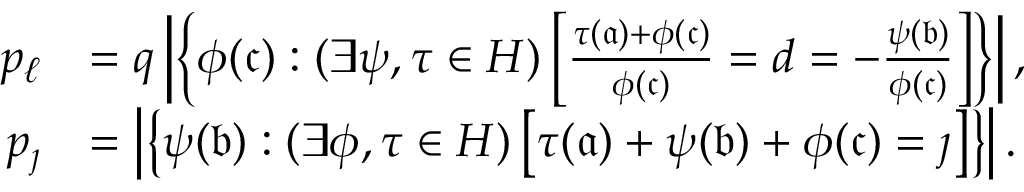
\begin{array} { r l } { p _ { \ell } } & { = q \left| \left\{ \phi ( \mathfrak { c } ) : ( \exists \psi , \tau \in H ) \left[ \frac { \tau ( \mathfrak { a } ) + \phi ( \mathfrak { c } ) } { \phi { ( \mathfrak { c } ) } } = d = - \frac { \psi ( \mathfrak { b } ) } { \phi ( \mathfrak { c } ) } \right] \right\} \right| , } \\ { p _ { \jmath } } & { = \left| \left\{ \psi ( \mathfrak { b } ) : ( \exists \phi , \tau \in H ) \left[ \tau ( \mathfrak { a } ) + \psi ( \mathfrak { b } ) + \phi ( \mathfrak { c } ) = \jmath \right] \right\} \right| . } \end{array}